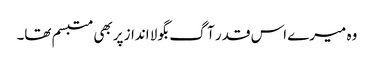
وہ میرے اس قدر آگ بگولا انداز پربھی متبسم تھا۔